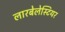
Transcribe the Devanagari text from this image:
लारबेलेस्टियर